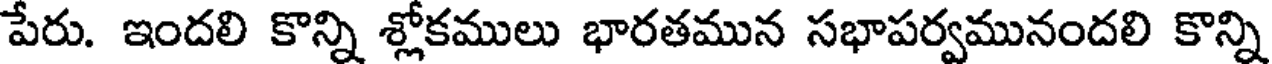
పేరు. ఇందలి కొన్ని శ్లోకములు భారతమున సభాపర్వమునందలి కొన్ని